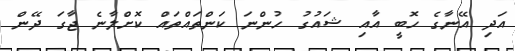
އަދި އޭނާގެ ހޮބީ އާއި ޝައުގު ހުންނަ ކަންތައްތައް ކޮށްލާނެ ޖާގަ ދޭން